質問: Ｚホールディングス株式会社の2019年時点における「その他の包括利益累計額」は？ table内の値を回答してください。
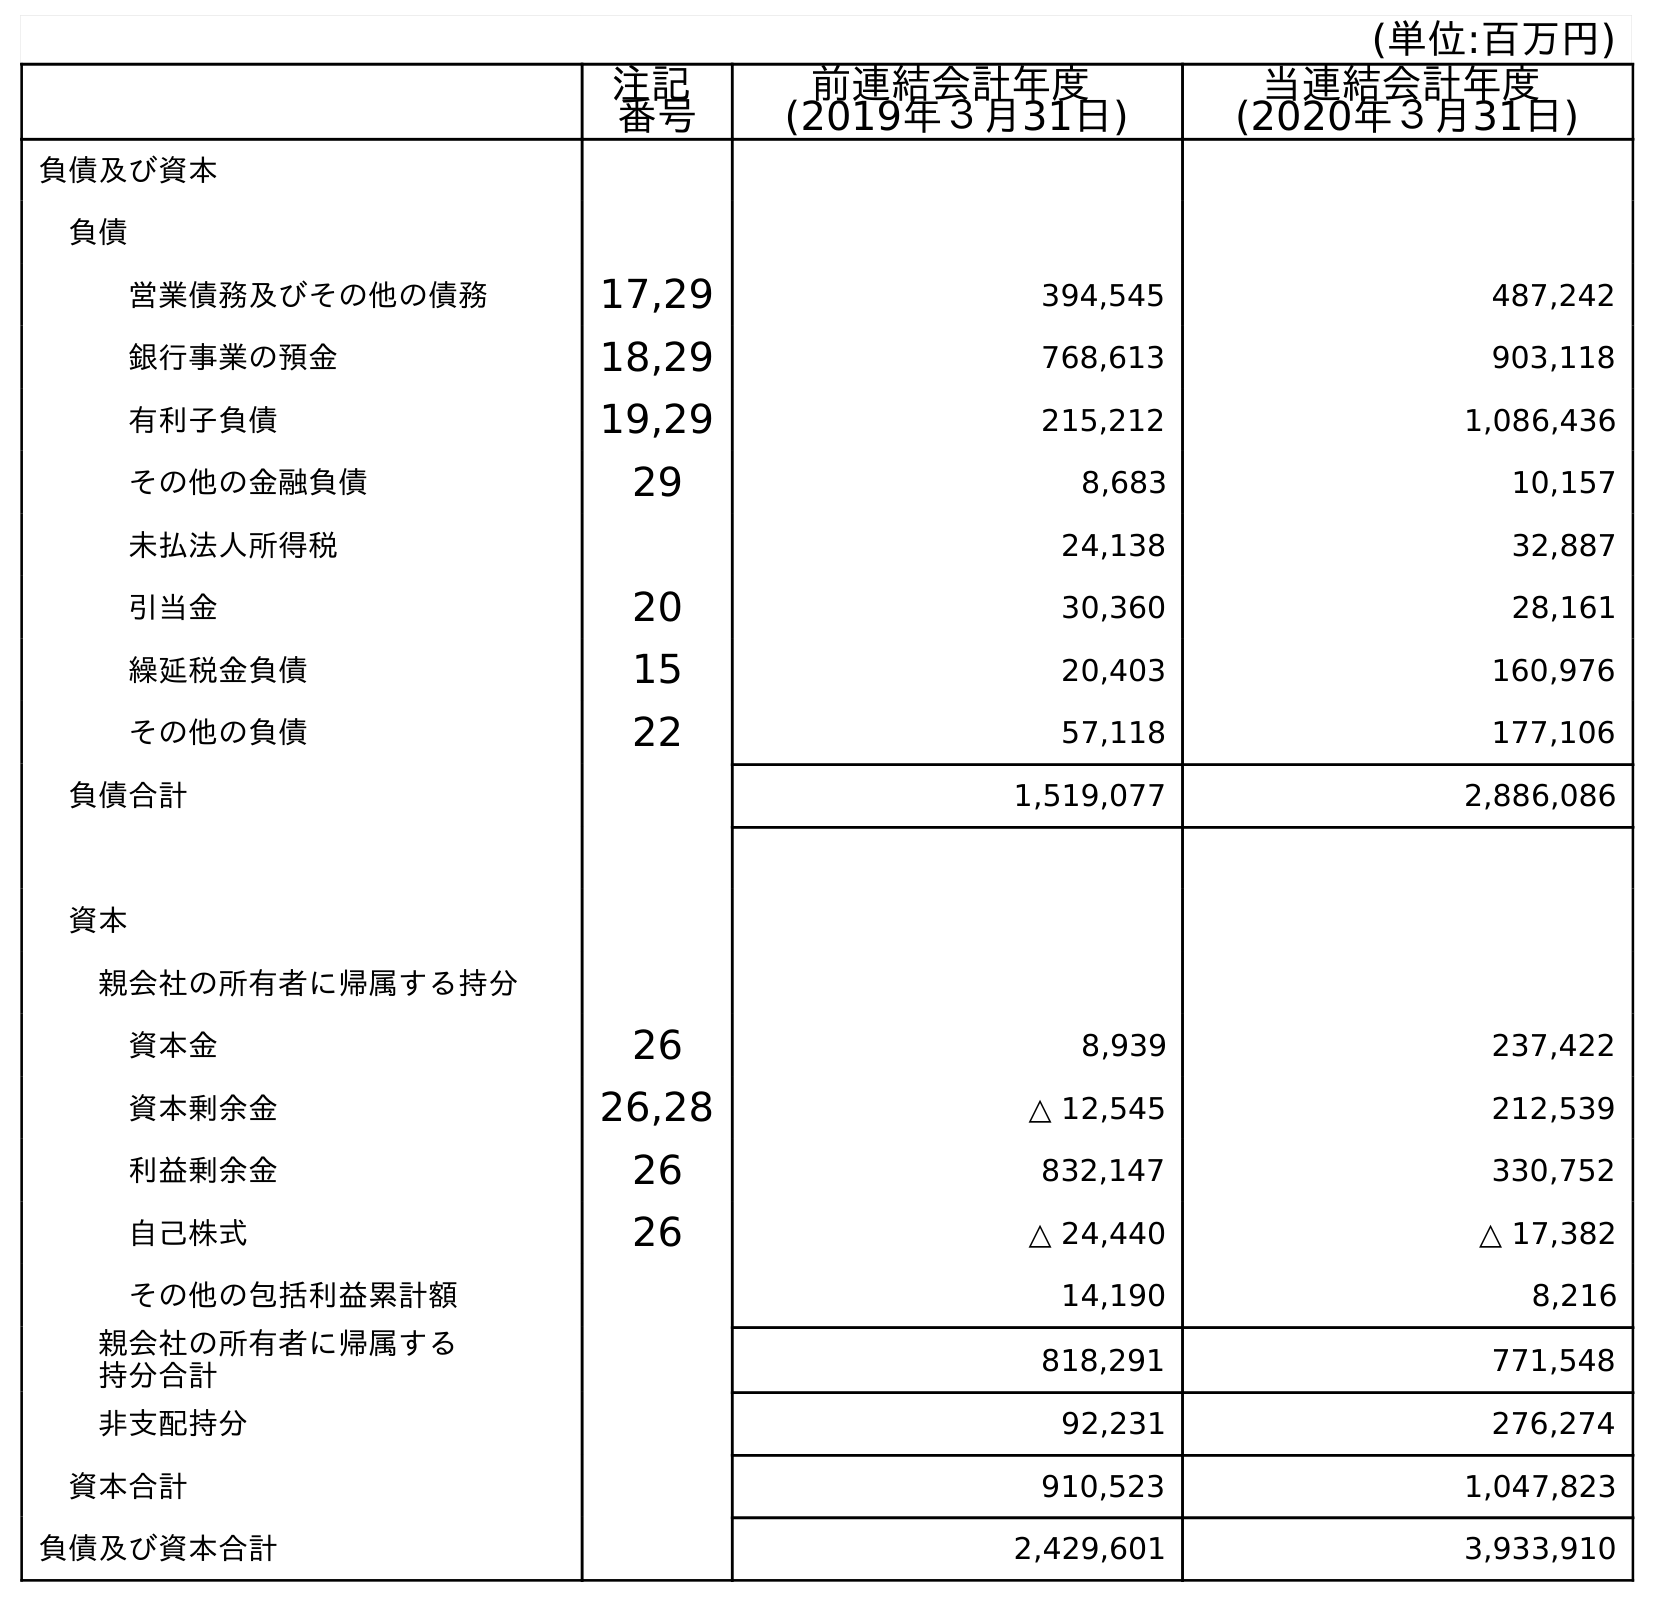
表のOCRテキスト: (単位:百万円) 注記 番号 前連結会計年度 (2019年３月31日) 当連結会計年度 (2020年３月31日) 負債及び資本 負債 営業債務及びその他の債務 17,29 394,545 487,242 銀行事業の預金 18,29 768,613 903,118 有利子負債 19,29 215,212 1,086,436 その他の金融負債 29 8,683 10,157 未払法人所得税 24,138 32,887 引当金 20 30,360 28,161 繰延税金負債 15 20,403 160,976 その他の負債 22 57,118 177,106 負債合計 1,519,077 2,886,086 資本 親会社の所有者に帰属する持分 資本金 26 8,939 237,422 資本剰余金 26,28 △ 12,545 212,539 利益剰余金 26 832,147 330,752 自己株式 26 △ 24,440 △ 17,382 その他の包括利益累計額 14,190 8,216 親会社の所有者に帰属する 持分合計 818,291 771,548 非支配持分 92,231 276,274 資本合計 910,523 1,047,823 負債及び資本合計 2,429,601 3,933,910
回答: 14,190